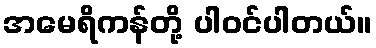
အမေရိကန်တို့ ပါဝင်ပါတယ်။